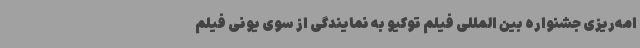
امه‌ریزی جشنواره بین المللی فیلم توکیو به نمایندگی از سوی یونی فیلم